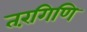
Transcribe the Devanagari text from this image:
तरंगिणि